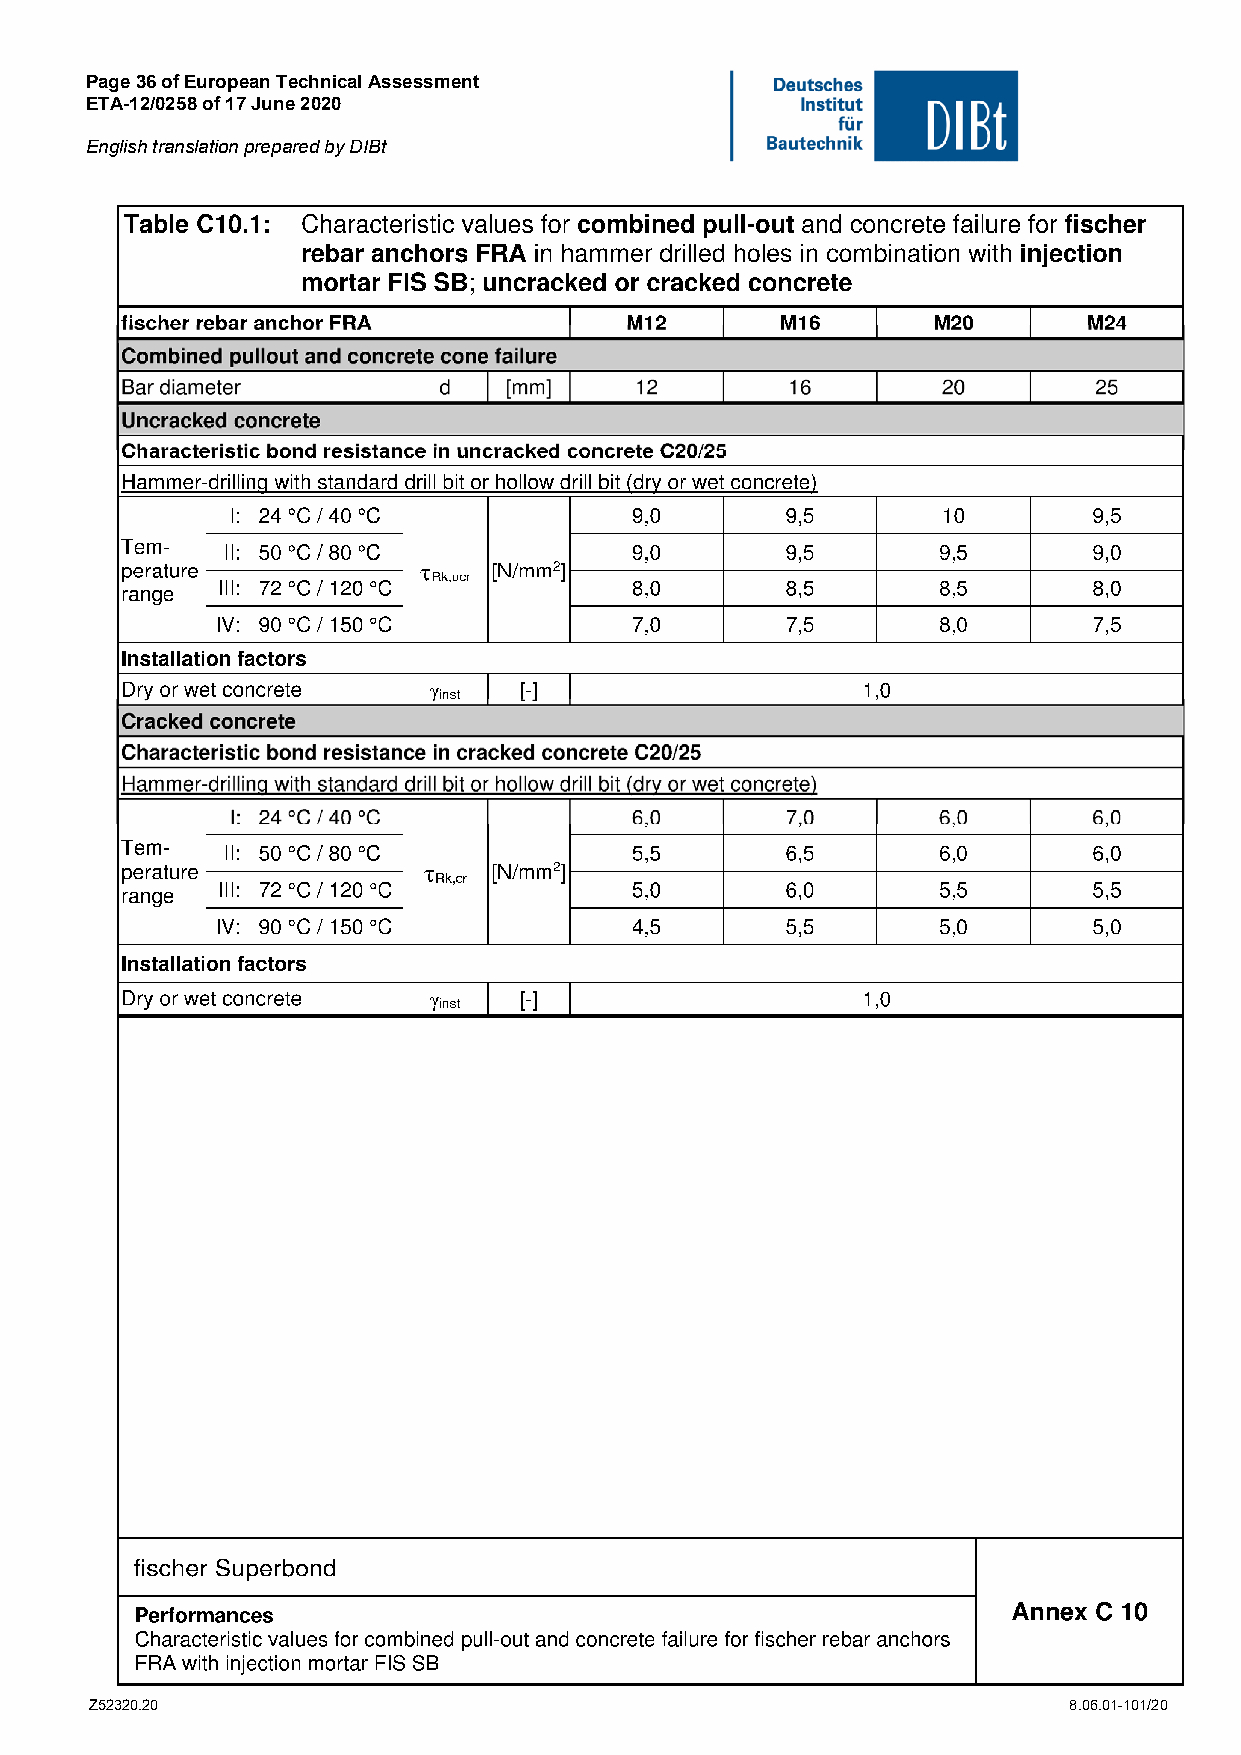
Page 36 of European Technical Assessment
 ETA-12/0258 of 17 June 2020
 English translation prepared by DIBt
 Z52320.20                                                        8.06.01-101/20